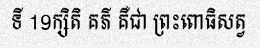
ទី 19ក្សិតិ គភ៌ គឺជា ព្រះពោធិសត្វ